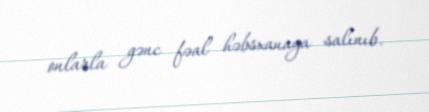
onlarla gənc fəal həbsxanaya salınıb.